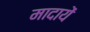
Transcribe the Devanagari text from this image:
मादायें